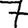
Digit: 7